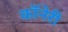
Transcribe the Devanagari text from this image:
कॉनेरी